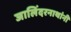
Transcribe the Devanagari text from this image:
जालिंदरनाथांनी